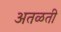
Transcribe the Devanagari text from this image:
अतळती